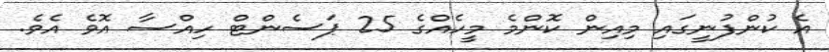
އެ ކުންފުނީގައި މިއިން ކޮންމެ މީހެއްގެ 25 ޕަސެންޓް ހިއްސާ އޮވެ އެވެ.